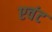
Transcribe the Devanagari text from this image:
एवंट